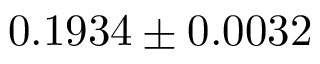
0 . 1 9 3 4 \pm 0 . 0 0 3 2